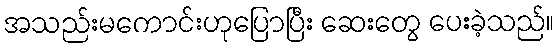
အသည်းမကောင်းဟုပြောပြီး ဆေးတွေ ပေးခဲ့သည်။